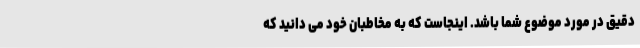
دقیق در مورد موضوع شما باشد. اینجاست که به مخاطبان خود می دانید که